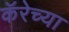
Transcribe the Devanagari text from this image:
कॅरेच्या